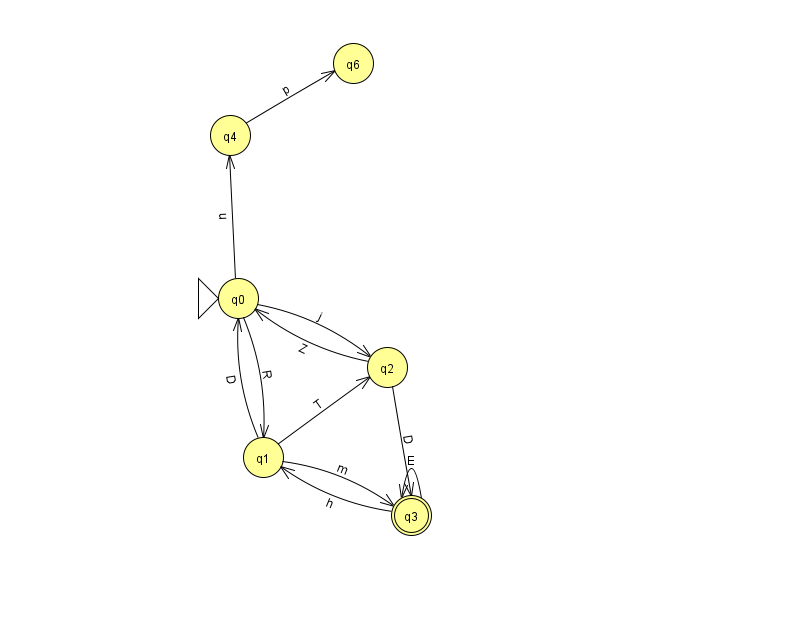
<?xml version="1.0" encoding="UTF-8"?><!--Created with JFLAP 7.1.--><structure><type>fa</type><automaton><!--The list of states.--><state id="0" name="q0"><x>238.0</x><y>285.0</y><initial/></state><state id="1" name="q1"><x>263.0</x><y>444.0</y></state><state id="2" name="q2"><x>387.0</x><y>354.0</y></state><state id="3" name="q3"><x>411.0</x><y>502.0</y><final/></state><state id="4" name="q4"><x>230.0</x><y>122.0</y></state><state id="6" name="q6"><x>353.0</x><y>50.0</y></state><!--The list of transitions.--><transition><from>1</from><to>2</to><read>T</read></transition><transition><from>1</from><to>0</to><read>D</read></transition><transition><from>1</from><to>3</to><read>m</read></transition><transition><from>3</from><to>3</to><read>E</read></transition><transition><from>0</from><to>1</to><read>R</read></transition><transition><from>3</from><to>1</to><read>h</read></transition><transition><from>0</from><to>2</to><read>j</read></transition><transition><from>2</from><to>0</to><read>Z</read></transition><transition><from>4</from><to>6</to><read>p</read></transition><transition><from>0</from><to>4</to><read>u</read></transition><transition><from>2</from><to>3</to><read>D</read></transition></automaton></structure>